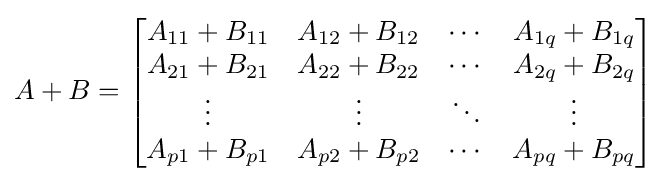
A+B={\begin{bmatrix}A_{11}+B_{11}&A_{12}+B_{12}&\cdots &A_{1q}+B_{1q}\\A_{21}+B_{21}&A_{22}+B_{22}&\cdots &A_{2q}+B_{2q}\\\vdots &\vdots &\ddots &\vdots \\A_{p1}+B_{p1}&A_{p2}+B_{p2}&\cdots &A_{pq}+B_{pq}\end{bmatrix}}